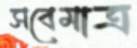
সবেমাত্র